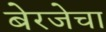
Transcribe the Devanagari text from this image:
बेरजेचा